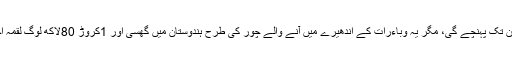
کوئی سوچ بھی نہیں سکتا تھا کہ یہ وباءاس وقت کے متحدہ ہندوستان تک پہنچے گی، مگر یہ وباءرات کے اندھیرے میں آنے والے چور کی طرح ہندوستان میں گھسی اور 1کروڑ 80لاکھ لوگ لقمہ اجل بن گئے، جو کہ اس وقت کی ہندوستان کی آبادی کا 6فیصدتھے۔